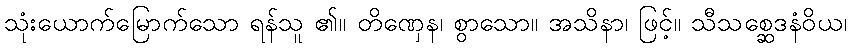
သုံးယောက်မြောက်သော ရန်သူ ၏။ တိဏှေန၊ စွာသော။ အသိနာ၊ ဖြင့်။ သီသစ္ဆေဒနံဝိယ၊